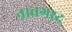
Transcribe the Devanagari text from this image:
नावगरद